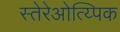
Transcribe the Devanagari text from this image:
स्तेरेओत्य्पिक